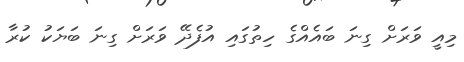
މިއީ ވަރަށް ގިނަ ބައެއްގެ ހިތުގައި އުފެދޭ ވަރަށް ގިނަ ބަޔަކު ކުރާ